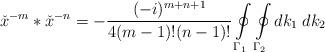
LaTeX: \begin{align*}{\check{x}}^{-m}\ast{\check{x}}^{-n}=-\frac {(-i)^{m+n+1}} {4(m-1)!(n-1)!}\oint\limits_{{\Gamma}_1}\oint\limits_{{\Gamma}_2}dk_1\;dk_2\end{align*}